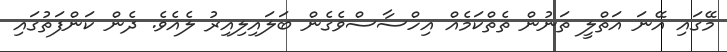
މޭގައި އޭނަ އަތްލީ ތަނުން ތެތްކަމެއް އިހްސާސްވެގެން ބަލައިލިއިރު ލެއެވެ. ދެން ކަންފަތުގައި